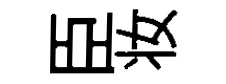
臣妆